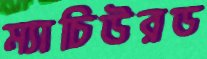
ম্যাচিউরড